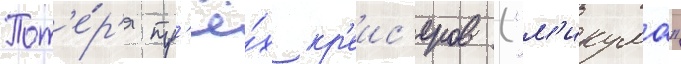
Пот'е́р'я тр'ё́х кр'еис'еров ("м'икума"